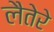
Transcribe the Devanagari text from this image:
लैतेरे